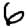
Digit: 6